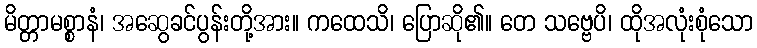
မိတ္တာမစ္စာနံ၊ အဆွေခင်ပွန်းတို့အား။ ကထေသိ၊ ပြောဆို၏။ တေ သဗ္ဗေပိ၊ ထိုအလုံးစုံသော